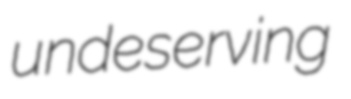
undeserving